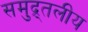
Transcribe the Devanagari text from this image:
समुद्र्तलीय